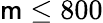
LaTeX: \mathsf{m}\leq800